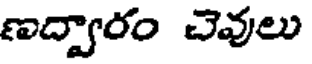
ణద్వారం చెవులు